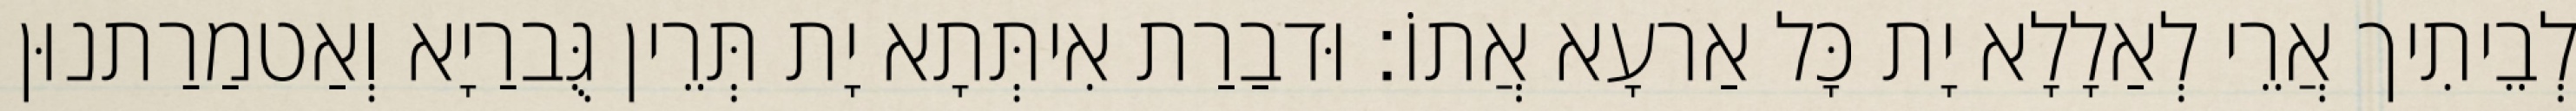
לְבֵיתִיך אֲרֵי לְאַלָלָא יָת כָּל אַרעָא אֲתוֹ׃ וּדבַרַת אִיתְּתָא יָת תְּרֵין גֻּברַיָא וְאַטמַרַתנוּן